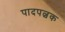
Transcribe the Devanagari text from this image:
पादपल्वक